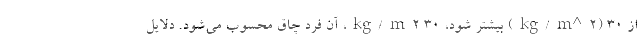
از ۳۰ (kg/m^۲) بیشتر شود، ۳۰ kg/m۲، آن فرد چاق محسوب می‌شود. دلایل